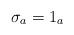
LaTeX: \begin{align*}\sigma_a = 1_a\end{align*}